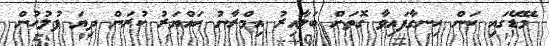
މޭޑޭގައި ކަން ހިނގާފައިވާ ގޮތަށް ބަލާއިރު އިމްރާނު ހައްޔަރު ކުރަން ދިޔަ ފުލުހުން